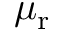
\mu _ { \mathrm { r } }